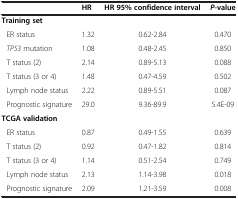
|  | HR | HR 95% confidence interval | P-value |
 | --- | --- | --- | --- |
 | Training set |  |  |  |
 | ER status | 1.32 | 0.62-2.84 | 0.470 |
 | TP53 mutation | 1.08 | 0.48-2.45 | 0.850 |
 | T status (2) | 2.14 | 0.89-5.13 | 0.088 |
 | T status (3 or 4) | 1.48 | 0.47-4.59 | 0.502 |
 | Lymph node status | 2.22 | 0.89-5.51 | 0.087 |
 | Prognostic signature | 29.0 | 9.36-89.9 | 5.4E-09 |
 | TCGA validation |  |  |  |
 | ER status | 0.87 | 0.49-1.55 | 0.639 |
 | T status (2) | 0.92 | 0.47-1.82 | 0.814 |
 | T status (3 or 4) | 1.14 | 0.51-2.54 | 0.749 |
 | Lymph node status | 2.13 | 1.14-3.98 | 0.018 |
 | Prognostic signature | 2.09 | 1.21-3.59 | 0.008 |